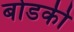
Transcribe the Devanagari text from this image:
बोडकी